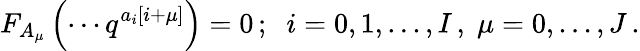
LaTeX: F_{A_{\mu}}\left(\cdots q^{a_{i}\left[i+\mu\right]}\right)=0\, ;\; \; i=0,1,...,I\, ,\; \mu=0,...,J\, .